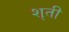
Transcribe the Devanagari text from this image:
शृती